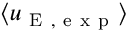
\langle u _ { \mathrm { ~ E ~ , ~ e ~ x ~ p ~ } } \rangle